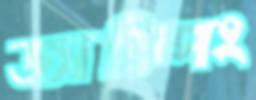
জাম্পিং